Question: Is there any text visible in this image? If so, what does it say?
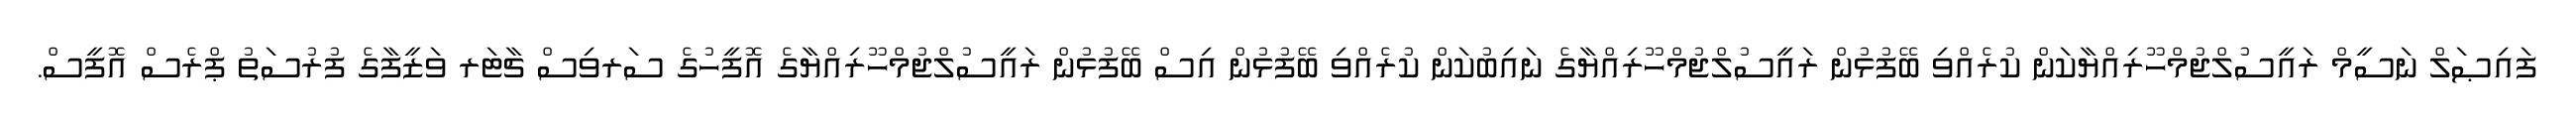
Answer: ފައިޞަލް ނަސީމް ރައީސުލްޖުމްހޫރިއްޔާކަން ކުރެއްވި ބޭފުޅުން ރައީސުލްޖުމްހޫރިއްޔާގެ ނައިބުކަން ކުރެއްވި ބޭފުޅުން އިސް ބޭފުޅުން ރައީސުލްޖުމްހޫރިއްޔާގެ އޮފީހުގެ ސަރވިސް ޗާޓަރ ވަޒީފާގެ ފުރުސަތު ޕްރެސް އޮފީސް.